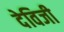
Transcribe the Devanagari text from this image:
देविजी